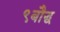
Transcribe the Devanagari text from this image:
९बौद्ध